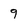
Character: 9